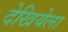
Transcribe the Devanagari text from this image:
देखियेला